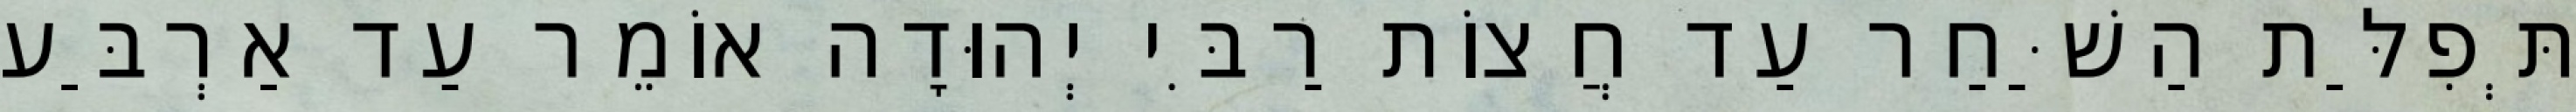
תְּפִלַּת הַשַּׁחַר עַד חֲצוֹת רַבִּי יְהוּדָה אוֹמֵר עַד אַרְבַּע